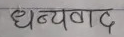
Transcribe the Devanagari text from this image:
धन्यवाद